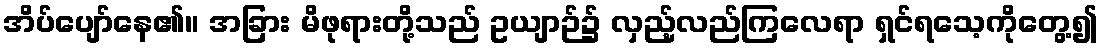
အိပ်ပျော်နေ၏။ အခြား မိဖုရားတို့သည် ဥယျာဉ်၌ လှည့်လည်ကြလေရာ ရှင်ရသေ့ကိုတွေ့၍